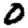
Digit: 0